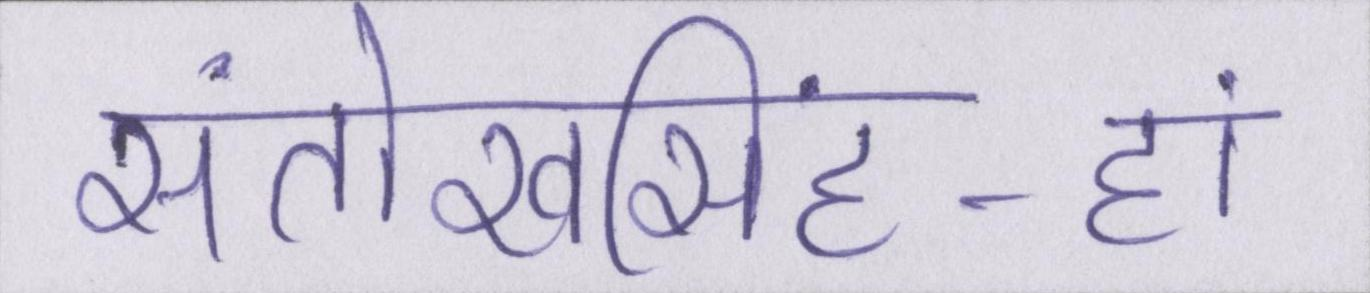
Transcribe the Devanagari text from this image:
संतोखसिंह-हां